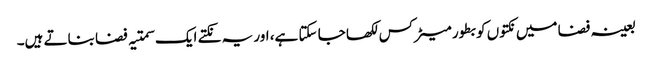
بعینہ فضا میں نکتوں کو بطور میٹرکس لکھا جا سکتا ہے، اور یہ نکتے ایک سمتیہ فضا بناتے ہیں۔